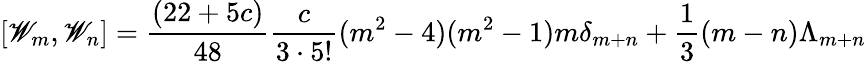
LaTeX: [\mathscr{W}_{m},\mathscr{W}_{n}]={\frac{{(22+5c)}}{{48}}}{\frac{{c}}{{3\cdot5!}}}(m^{2}-4)(m^{2}-1)m\delta_{m+n}+{\frac{{1}}{{3}}}(m-n)\Lambda_{m+n}